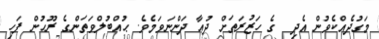
މަގުދެއްކެވުން އެދި  ގެ ހަޒުރަތަށް ދުޢާ ދަންނަވަމެވެ. ޙުއްބުލްވަތަންގެ ރޫޙުން ފަހި